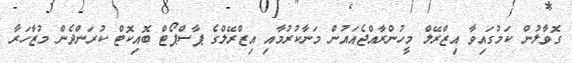
ގޮވާލުން ކަމުގައިވާ އިޒްރޭލް މީހުންރާއްޖެއައުން މަނާކުރުމާއި އިޒްރޭލްގެ ޕާސްޕޯޓް ބޮއިކޮޓް ކުރަންދެން މުޒާހަރާ